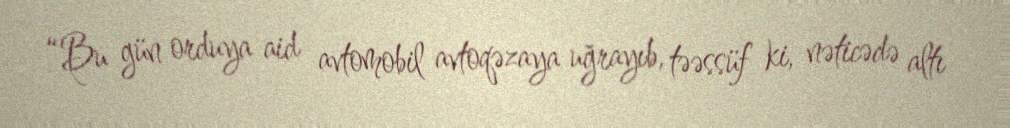
“Bu gün orduya aid avtomobil avtoqəzaya uğrayıb, təəssüf ki, nəticədə altı